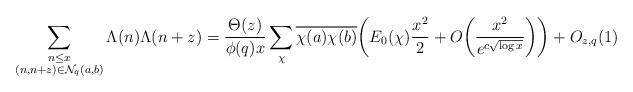
LaTeX: \begin{align*}\sum \limits_{\substack{n\leq x\\(n,n+z)\in \mathcal{N}_q(a,b)}}\Lambda(n)\Lambda(n+z)&=\frac{\Theta (z)}{\phi(q)x}\sum \limits_{\chi}\overline{\chi(a)}\overline{\chi(b)}\bigg(E_0(\chi)\frac{x^2}{2}+O\bigg(\frac{x^2}{e^{c\sqrt{\log x}}}\bigg )\bigg)+O_{z,q}(1)\end{align*}